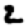
Digit: 2